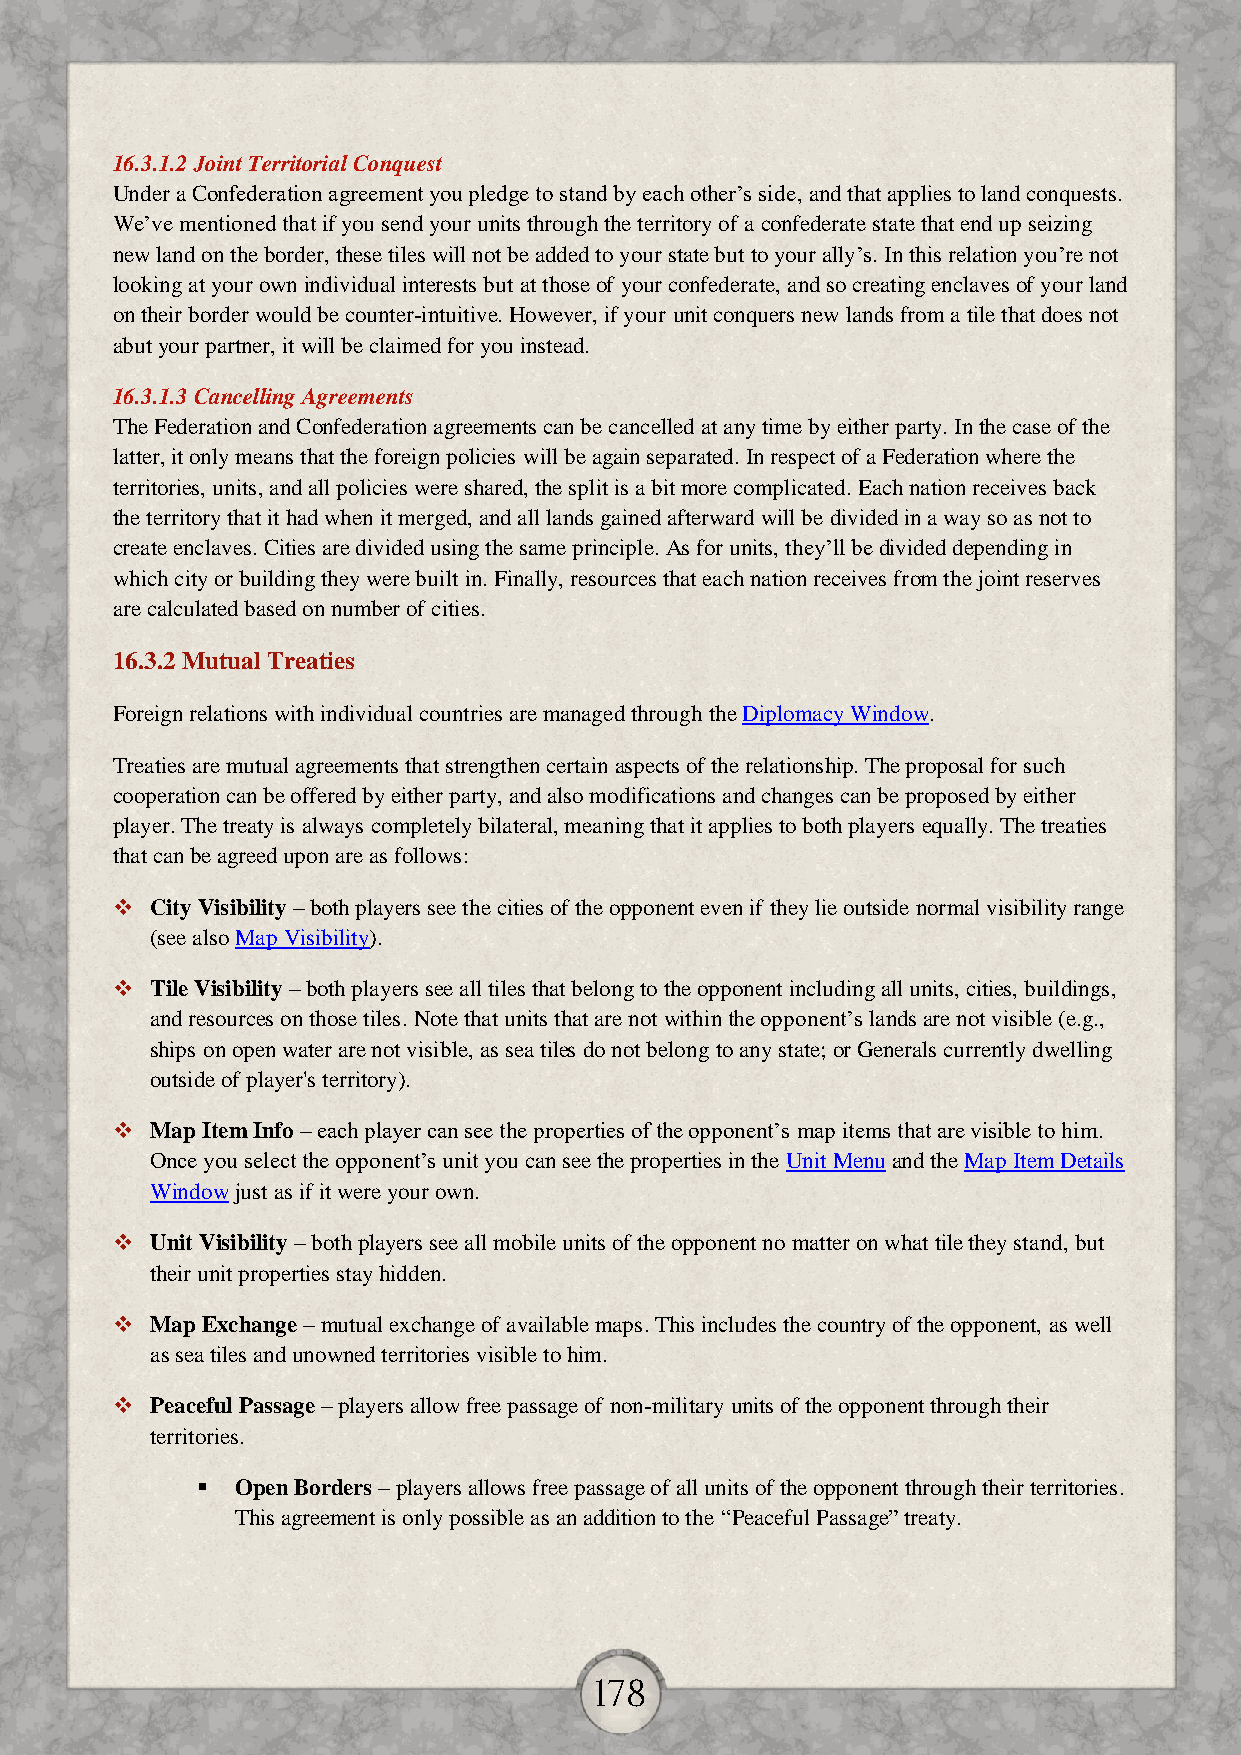
16.3.1.2 Joint Territorial Conquest
 Under a Confederation agreement you pledge to stand by each other’s side, and that applies to land conquests.
 We’ve mentioned that if you send your units through the territory of a confederate state that end up seizing
 new land on the border, these tiles will not be added to your state but to your ally’s. In this relation you’re not
 looking at your own individual interests but at those of your confederate, and so creating enclaves of your land
 on their border would be counter-intuitive. However, if your unit conquers new lands from a tile that does not
 abut your partner, it will be claimed for you instead.
 16.3.1.3 Cancelling Agreements
 The Federation and Confederation agreements can be cancelled at any time by either party. In the case of the
 latter, it only means that the foreign policies will be again separated. In respect of a Federation where the
 territories, units, and all policies were shared, the split is a bit more complicated. Each nation receives back
 the territory that it had when it merged, and all lands gained afterward will be divided in a way so as not to
 create enclaves. Cities are divided using the same principle. As for units, they’ll be divided depending in
 which city or building they were built in. Finally, resources that each nation receives from the joint reserves
 are calculated based on number of cities.
 16.3.2 Mutual Treaties
 Foreign relations with individual countries are managed through the Diplomacy Window.
 Treaties are mutual agreements that strengthen certain aspects of the relationship. The proposal for such
 cooperation can be offered by either party, and also modifications and changes can be proposed by either
 player. The treaty is always completely bilateral, meaning that it applies to both players equally. The treaties
 that can be agreed upon are as follows:
   City Visibility – both players see the cities of the opponent even if they lie outside normal visibility range
 (see also Map Visibility).
   Tile Visibility – both players see all tiles that belong to the opponent including all units, cities, buildings,
 and resources on those tiles. Note that units that are not within the opponent’s lands are not visible (e.g.,
 ships on open water are not visible, as sea tiles do not belong to any state; or Generals currently dwelling
 outside of player's territory).
   Map Item Info – each player can see the properties of the opponent’s map items that are visible to him.
 Once you select the opponent’s unit you can see the properties in the Unit Menu and the Map Item Details
 Window just as if it were your own.
   Unit Visibility – both players see all mobile units of the opponent no matter on what tile they stand, but
 their unit properties stay hidden.
   Map Exchange – mutual exchange of available maps. This includes the country of the opponent, as well
 as sea tiles and unowned territories visible to him.
   Peaceful Passage – players allow free passage of non-military units of the opponent through their
 territories.
   Open Borders – players allows free passage of all units of the opponent through their territories.
 This agreement is only possible as an addition to the “Peaceful Passage” treaty.
 178